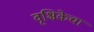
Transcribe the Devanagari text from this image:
वृश्चिकेचा